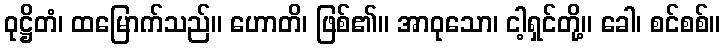
ဝုဋ္ဌိတံ၊ ထမြောက်သည်။ ဟောတိ၊ ဖြစ်၏။ အာဝုသော၊ ငါ့ရှင်တို့။ ခေါ၊ စင်စစ်။